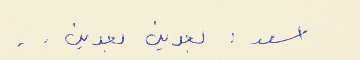
اسعد : بعدين بعدين . .